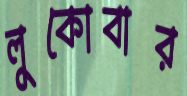
লুকোবার